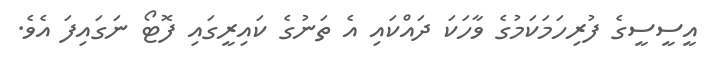
އީސީސީގެ ފުރިހަމަކަމުގެ ވާހަކަ ދައްކައި އެ ތަނުގެ ކައިރީގައި ފޮޓޯ ނަގައިފަ އެވެ.